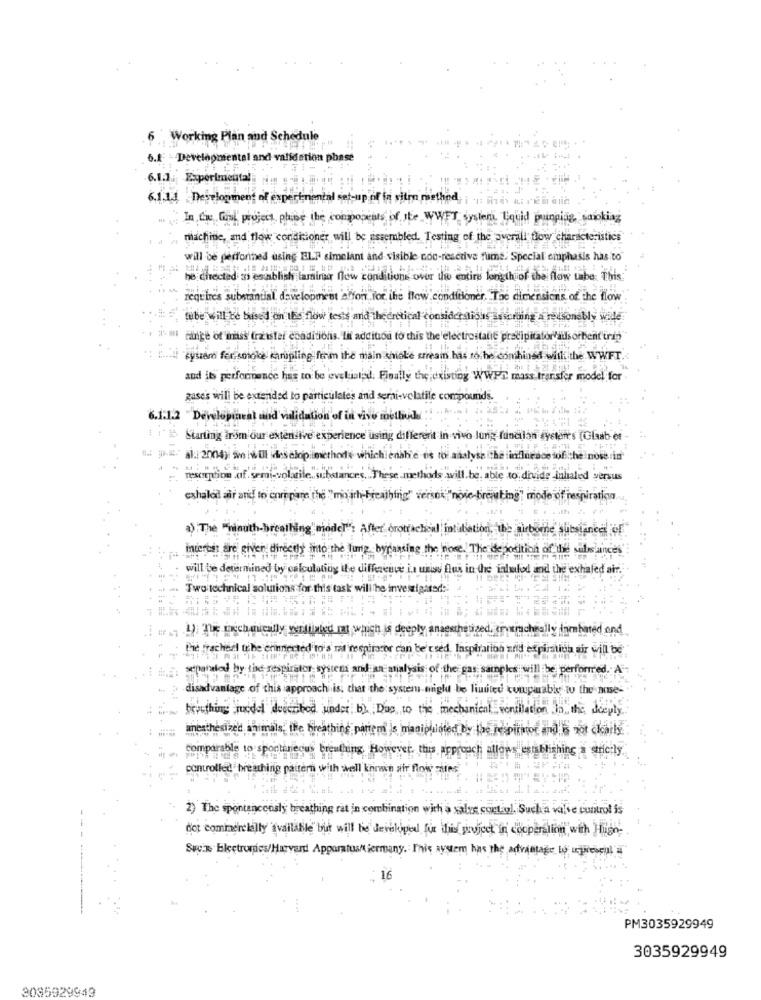
6 Working Plan and Schedule
6.4 - Developmental and validation phase
6.1.1. Experimental
6.1 13 Deselogment of experimental set-up of in sitin method
In the full project pluse the components of the WWFT Systems Lquid pumping, sorokiag
,machine, and flow conditioner will be assembled. Testing of the overall flow characteristics
will be performed using ELF simelant and visible non-resctive fume. Special emphasis has to
he chected as establish laminar nov
onditk
his over tw entins length of the flow tube. This
requires substantial. development affon for the flow conditioner, Tac dimensions of the flow
tube will be based on the flow tests and thecretical considerslious sescruing a reasonably wile
range of miss fraister conditions. Iif addition to this the 'electrostatic precipitatorails orbent iris
Fysiand fer smoke karupling form the main shake stream has to. he combined with the WWFT.
and its performance has to be evekicled. Finally the existing WWPn mass transfer model for
zase's will be extended to particulates and semi-volatile compounds.
6.1.1.2 " Developincal and validation of in vivo moetbude
Starting from our extensive experience using different in vivo lung funcilan syster's (Glab et
. : al: 2004) i will deschop methode which enable us to analyse the influence of the nose in
u. ..
wesc tion .cf. semi-volatile .. substances. .. These methods will.be, able to. divide inhaled versus
exhalod air and to compare the "mo ich-breathing" versos"note-breaking" mode of respiration.
2) The "mouth-breathing "model's after brott
incerti are given directly into the lung bypassing the home. The de positions of the substances"
will be determined by calculating the difference in uniss flux in the waluld and the exhaled air.
Two technical solutions for this task will the investigated:
1) que mechanically ventilated mat which
deeply
ized, ervarcheally famhated and
Tie frachert tche erinnerted to's mit respirar
can be
sed. Inspiration zrid expiration air will be
raled by the respirator systems and
of the gas samples will be performed. A
disadvantage of this approach is. the
u be limited kungabis to the nose-
brouthing Juodel described under. b).
mechanical ventilation
the deeply
s. the bre
ted by the respirot and is not ckails. :
comparable to sportaniecus breathing How
c. this approach allows establishing a snc:ly.
controlled breathing pattern with well known
ir flow
2) The spontanccosly breathing rat in combination with a salve contiol. Suck a valve control is
dot commercially available but will he developed fur this project in cooperation with High-
Suis Electronics/Harvard Apparatustiermany. This system has the advantage to expressil af
PM3035929949
3035929949
3085929949